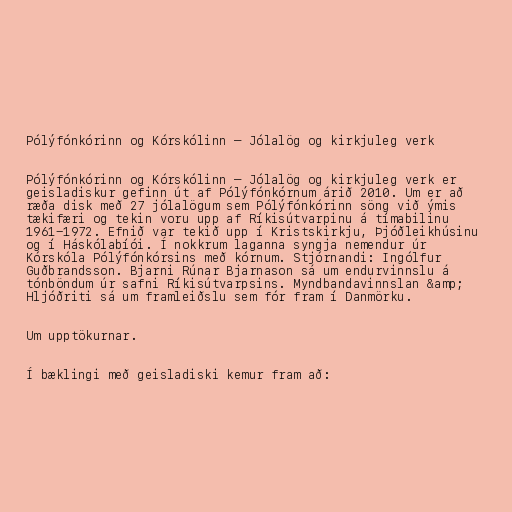
Pólýfónkórinn og Kórskólinn – Jólalög og kirkjuleg verk

Pólýfónkórinn og Kórskólinn – Jólalög og kirkjuleg verk er
geisladiskur gefinn út af Pólýfónkórnum árið 2010. Um er að
ræða disk með 27 jólalögum sem Pólýfónkórinn söng við ýmis
tækifæri og tekin voru upp af Ríkisútvarpinu á tímabilinu
1961-1972. Efnið var tekið upp í Kristskirkju, Þjóðleikhúsinu
og í Háskólabíói. Í nokkrum laganna syngja nemendur úr
Kórskóla Pólýfónkórsins með kórnum. Stjórnandi: Ingólfur
Guðbrandsson. Bjarni Rúnar Bjarnason sá um endurvinnslu á
tónböndum úr safni Ríkisútvarpsins. Myndbandavinnslan &amp;
Hljóðriti sá um framleiðslu sem fór fram í Danmörku.

Um upptökurnar.

Í bæklingi með geisladiski kemur fram að: